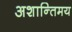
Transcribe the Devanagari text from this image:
अशान्तिमय